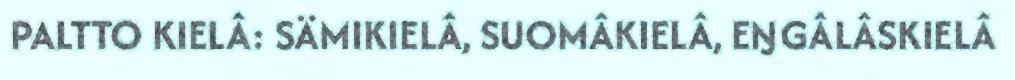
PALTTO KIELÂ: SÄMIKIELÂ, SUOMÂKIELÂ, EŊGÂLÂSKIELÂ